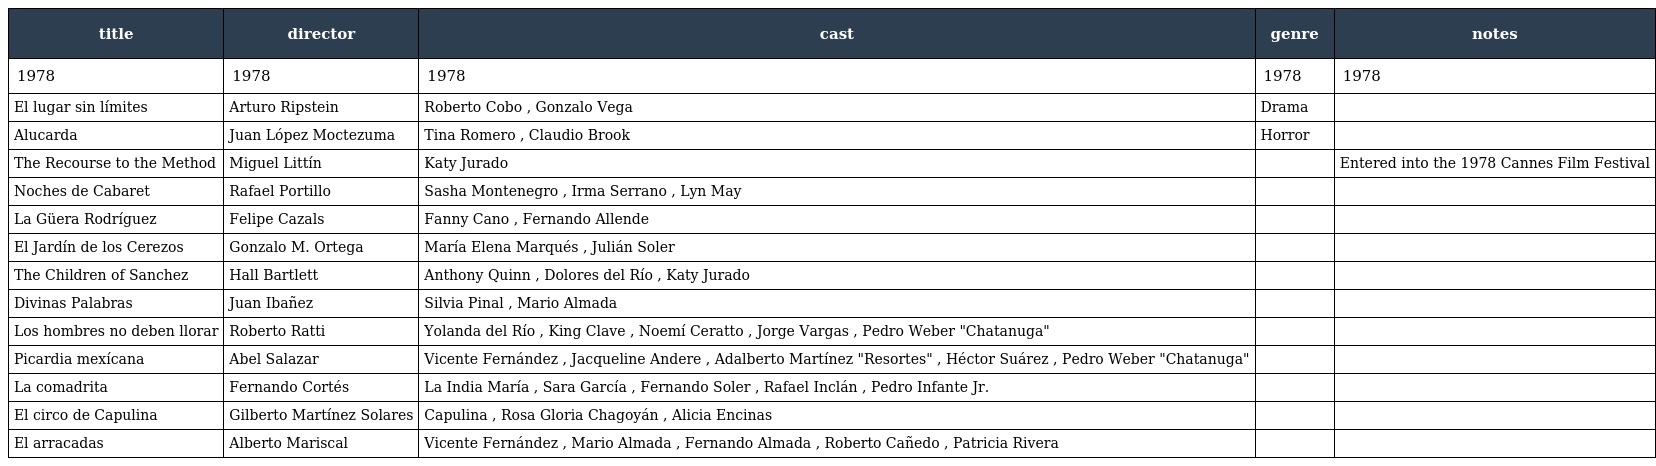
| title | director | cast | genre | notes |
 | --- | --- | --- | --- | --- |
 | 1978 | 1978 | 1978 | 1978 | 1978 |
 | El lugar sin límites | Arturo Ripstein | Roberto Cobo , Gonzalo Vega | Drama |  |
 | Alucarda | Juan López Moctezuma | Tina Romero , Claudio Brook | Horror |  |
 | The Recourse to the Method | Miguel Littín | Katy Jurado |  | Entered into the 1978 Cannes Film Festival |
 | Noches de Cabaret | Rafael Portillo | Sasha Montenegro , Irma Serrano , Lyn May |  |  |
 | La Güera Rodríguez | Felipe Cazals | Fanny Cano , Fernando Allende |  |  |
 | El Jardín de los Cerezos | Gonzalo M. Ortega | María Elena Marqués , Julián Soler |  |  |
 | The Children of Sanchez | Hall Bartlett | Anthony Quinn , Dolores del Río , Katy Jurado |  |  |
 | Divinas Palabras | Juan Ibañez | Silvia Pinal , Mario Almada |  |  |
 | Los hombres no deben llorar | Roberto Ratti | Yolanda del Río , King Clave , Noemí Ceratto , Jorge Vargas , Pedro Weber "Chatanuga" |  |  |
 | Picardia mexícana | Abel Salazar | Vicente Fernández , Jacqueline Andere , Adalberto Martínez "Resortes" , Héctor Suárez , Pedro Weber "Chatanuga" |  |  |
 | La comadrita | Fernando Cortés | La India María , Sara García , Fernando Soler , Rafael Inclán , Pedro Infante Jr. |  |  |
 | El circo de Capulina | Gilberto Martínez Solares | Capulina , Rosa Gloria Chagoyán , Alicia Encinas |  |  |
 | El arracadas | Alberto Mariscal | Vicente Fernández , Mario Almada , Fernando Almada , Roberto Cañedo , Patricia Rivera |  |  |